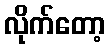
လိုက်တော့